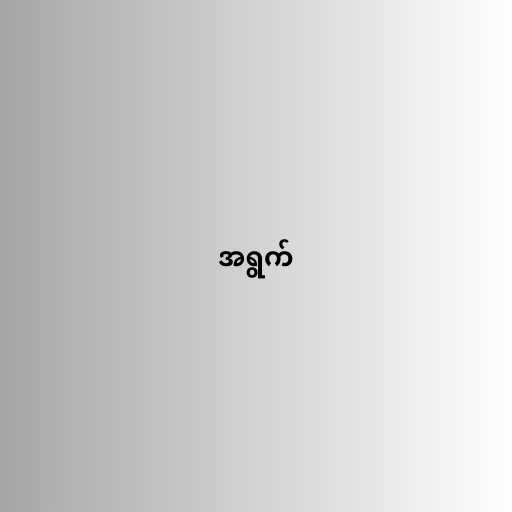
အရွက်